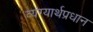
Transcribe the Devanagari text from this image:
व्यंग्यार्थप्रधान